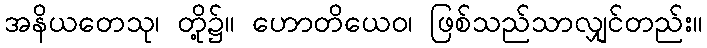
အနိယတေသု၊ တို့၌။ ဟောတိယေဝ၊ ဖြစ်သည်သာလျှင်တည်း။